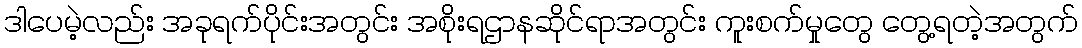
ဒါပေမဲ့လည်း အခုရက်ပိုင်းအတွင်း အစိုးရဌာနဆိုင်ရာအတွင်း ကူးစက်မှုတွေ တွေ့ရတဲ့အတွက်